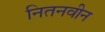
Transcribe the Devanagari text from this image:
नितनवीन